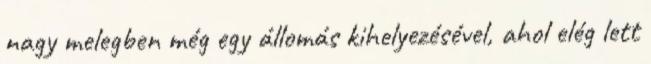
nagy melegben még egy állomás kihelyezésével, ahol elég lett